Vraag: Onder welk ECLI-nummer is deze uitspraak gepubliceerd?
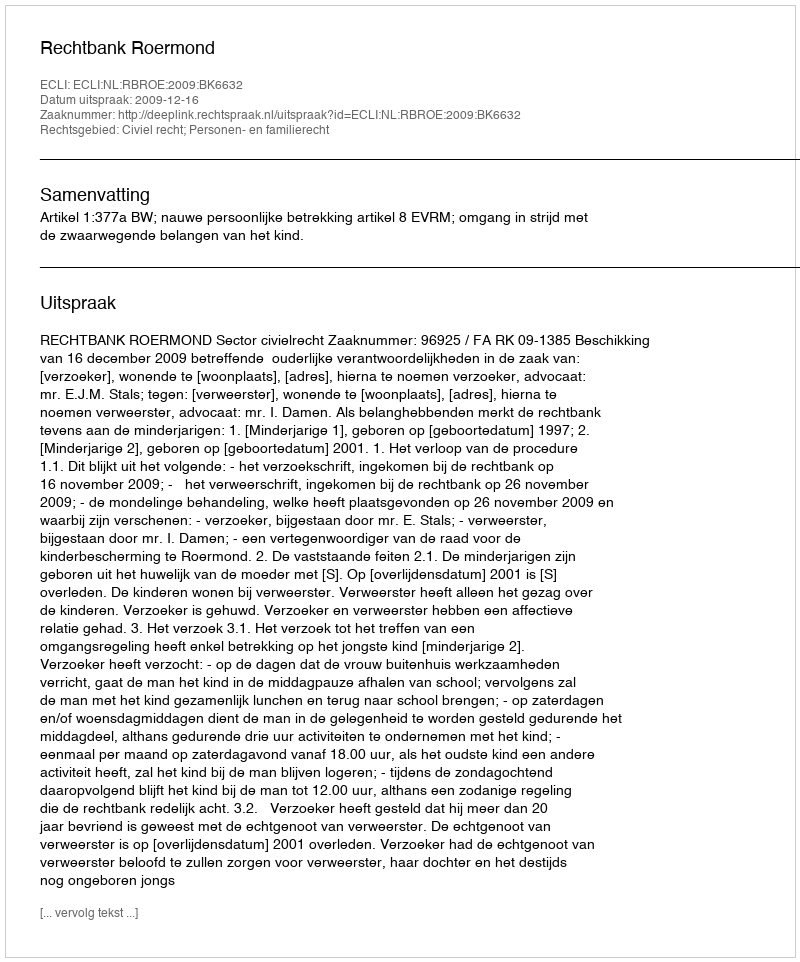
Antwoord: ECLI:NL:RBROE:2009:BK6632